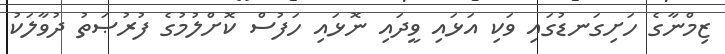
ޒިމްނާގެ ހަށިގަނޑުގައި ވަކި އަޅައި ވީދައި ނޮޅައި ހަފުސް ކޮށްލުމުގެ ފުރުޞަތު ދުވާލަކު